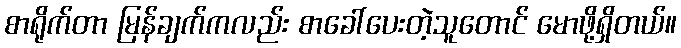
စာရိုက်တာ မြန်ချက်ကလည်း စာခေါ်ပေးတဲ့သူတောင် မောဖို့ရှိတယ်။